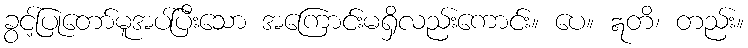
ခွင့်ပြုတော်မူအပ်ပြီးသော အကြောင်းမရှိလည်းကောင်း။ ပေ။ ဣတိ၊ တည်း။